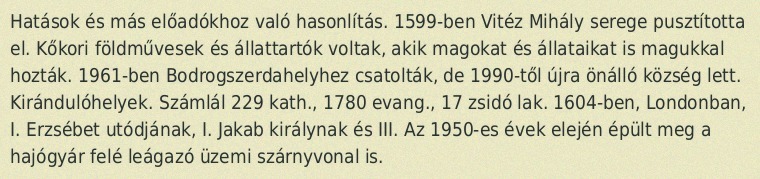
Hatások és más előadókhoz való hasonlítás. 1599-ben Vitéz Mihály serege pusztította el. Kőkori földművesek és állattartók voltak, akik magokat és állataikat is magukkal hozták. 1961-ben Bodrogszerdahelyhez csatolták, de 1990-től újra önálló község lett. Kirándulóhelyek. Számlál 229 kath., 1780 evang., 17 zsidó lak. 1604-ben, Londonban, I. Erzsébet utódjának, I. Jakab királynak és III. Az 1950-es évek elején épült meg a hajógyár felé leágazó üzemi szárnyvonal is.